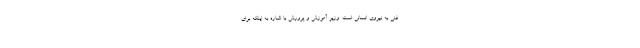
فنی به نیروی انسانی است. وزیر آموزش و پرورش با اشاره به اینکه برای